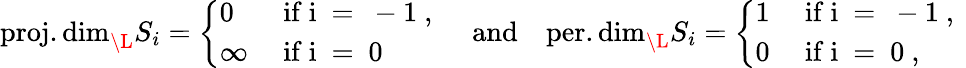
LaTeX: \begin{array}{r}{\operatorname{proj.dim}_{\L}S_{i}=\left\{ \begin{array}{ll}{0}&{\mathrm{~if~i~=~-1~,~}}\\ {\infty}&{\mathrm{~if~i~=~0~}}\end{array}\right.\quad\mathrm{and}\quad\operatorname{per.dim}_{\L}S_{i}=\left\{ \begin{array}{ll}{1}&{\mathrm{~if~i~=~-1~,~}}\\ {0}&{\mathrm{~if~i~=~0~},}\end{array}\right.}\end{array}